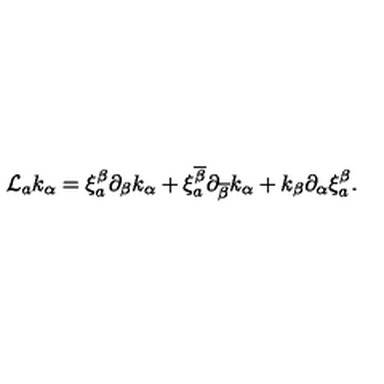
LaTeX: { \cal L } _ { a } k _ { \alpha } = \xi _ { a } ^ { \beta } \partial _ { \beta } k _ { \alpha } + \xi _ { a } ^ { \overline { { \beta } } } \partial _ { \overline { { \beta } } } k _ { \alpha } + k _ { \beta } \partial _ { \alpha } \xi _ { a } ^ { \beta } .